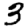
Digit: 3